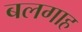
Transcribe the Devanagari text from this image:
बलगाह